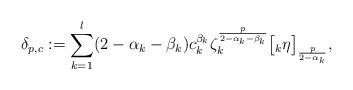
LaTeX: \begin{align*}\delta_{p,c} := \sum_{k=1}^{l}(2-\alpha_{k} - \beta_{k})c_{k}^{\beta_{k}}\zeta_{k}^{\frac{p}{2-\alpha_{k}-\beta_{k}}}\big[\null_{k}\eta\big]_{\frac{p}{2-\alpha_{k}}},\end{align*}